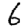
Digit: 6